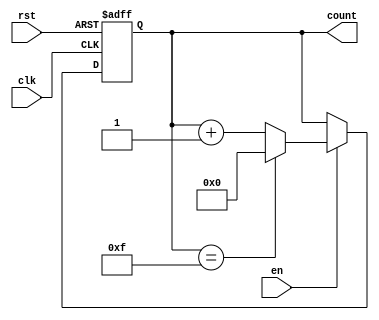
module multi_bit_counter #(
    parameter N = 4 // Parameter to define the bit width of the counter
) (
    input wire clk,       // Clock signal
    input wire rst,       // Asynchronous reset signal
    input wire en,        // Enable signal
    output reg [N-1:0] count // N-bit output for the current count value
);

    // Maximum value for the counter
    localparam MAX_COUNT = (1 << N) - 1; // 2^N - 1

    // Always block triggered on the clock edge
    always @(posedge clk or posedge rst) begin
        if (rst) begin
            count <= 0; // Reset the counter to 0
        end else if (en) begin
            if (count == MAX_COUNT) begin
                count <= 0; // Wrap around to 0
            end else begin
                count <= count + 1; // Increment the counter
            end
        end
    end

endmodule